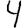
Digit: 4